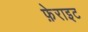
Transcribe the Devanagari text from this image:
फ़ेराइट